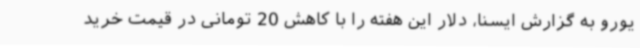
یورو به گزارش ایسنا، دلار این هفته را با کاهش 20 تومانی در قیمت خرید